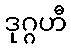
ဒုဂ္ဂဟီ